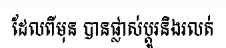
ដែលពីមុន បានផ្លាស់ប្តូរនិងរលត់